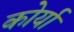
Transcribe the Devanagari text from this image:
कोर्या